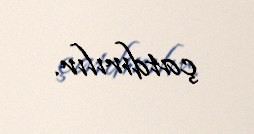
çatdırılır.